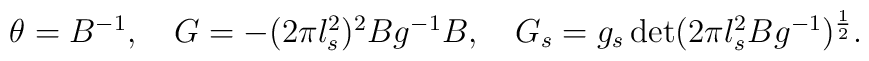
\begin{array}{c} \theta = B^{-1}, \quad G = - (2 \pi l_s^2)^2 B g^{-1}B, \quad G_s = g_s \det (2\pi l_s^2 B g^{-1})^{\frac{1}{2}}. \end{array}